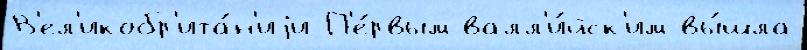
В'ел'икобр'ита́н'иjи П'е́рвым валл'и́йск'им вы́шла